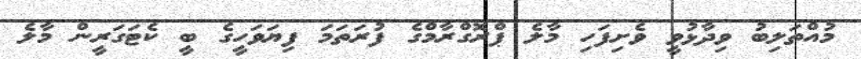
މުއްތަލިބު ވިދާޅުވީ ވެށިފަހި މާލެ ޕްރޮގްރާމްގެ ފުރަތަމަ ފިޔަވަހީގެ ބީ ކެޓަގަރީން މާލެ